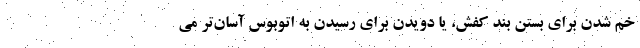
خم شدن برای بستن بند کفش، یا دویدن برای رسیدن به اتوبوس آسان‌تر می